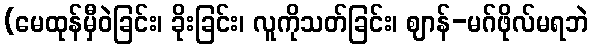
(မေထုန်မှီဝဲခြင်း၊ ခိုးခြင်း၊ လူကိုသတ်ခြင်း၊ ဈာန်-မဂ်ဖိုလ်မရဘဲ